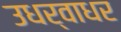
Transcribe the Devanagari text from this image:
उधर्वाधर